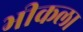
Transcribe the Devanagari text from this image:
भीकला